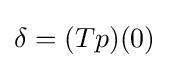
\delta =(Tp)(0)